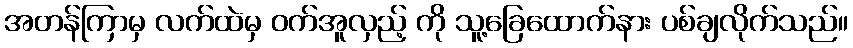
အတန်ကြာမှ လက်ထဲမှ ဝက်အူလှည့် ကို သူ့ခြေထောက်နား ပစ်ချလိုက်သည်။